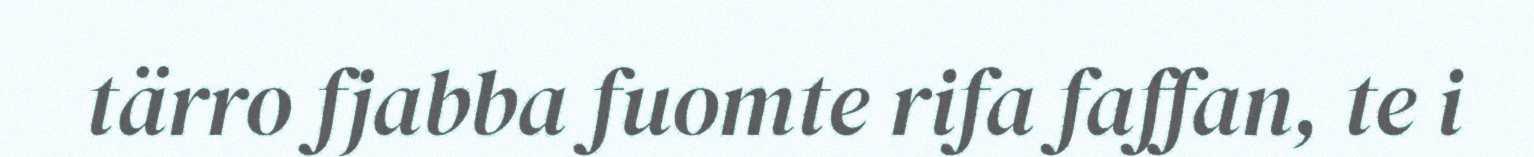
tärro fjabba fuomte rifa faffan, te i